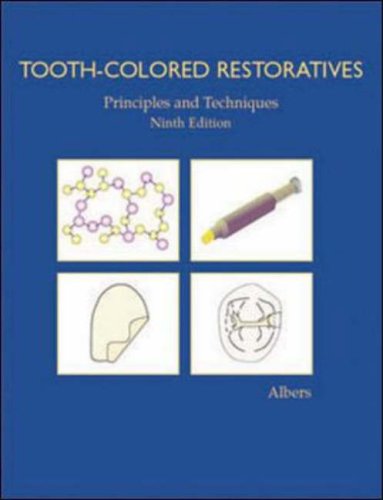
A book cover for Tooth-Colored Restoratives: Principles and Techniques; Harry F. Albers; Medical Books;